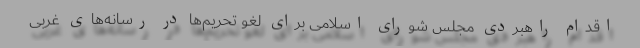
اقدام راهبردی مجلس شورای اسلامی برای لغو تحریم‌ها در رسانه‌های غربی